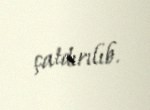
çatdırılıb.